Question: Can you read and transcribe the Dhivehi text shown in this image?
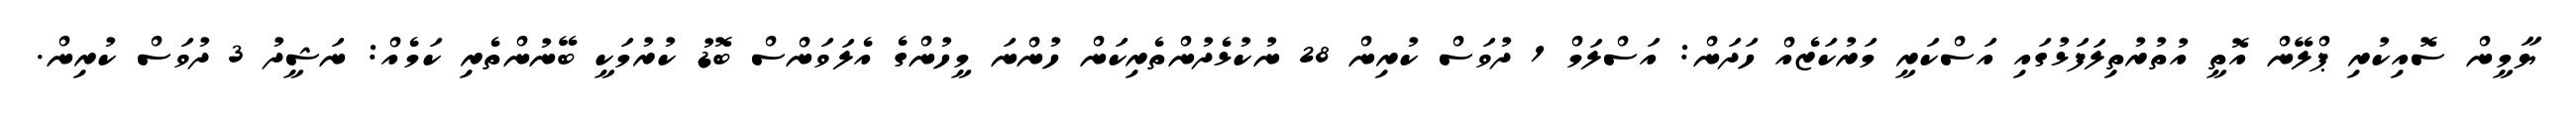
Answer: ޔާމީން ސޮއިކުރި ޕްލޭން އޮތީ އުތުރުތިލަފަޅުގައި އަސްކަރީ މަރުކަޒެއް ހަދަން: އަސްލަމް 1 ދުވަސް ކުރިން 28 ނުކުޅެދުންތެރިކަން ހުންނަ މީހުންގެ އެލަވަންސް ބޮޑު ކުރުމަކީ ބޭނުންތެރި ކަމެއް: ނަޝީދު 3 ދުވަސް ކުރިން.